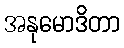
အနုမောဒိတာ